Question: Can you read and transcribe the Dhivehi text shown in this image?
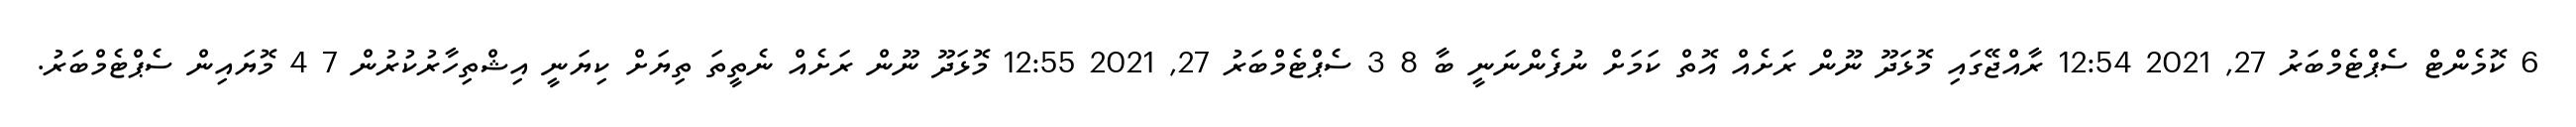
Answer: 6 ކޮމެންޓް ސެޕްޓެމްބަރު 27, 2021 12:54 ރާއްޖޭގައި މޮޅަދޫ ނޫން ރަށެއް އޮތް ކަމަށް ނުފެންނަނީ ބާ 8 3 ސެޕްޓެމްބަރު 27, 2021 12:55 މޮޅަދޫ ނޫން ރަށެއް ނެތީތަ ތިޔަށް ކިޔަނީ އިޝްތިހާރުކުރުން 7 4 މޮޔައިން ސެޕްޓެމްބަރު.